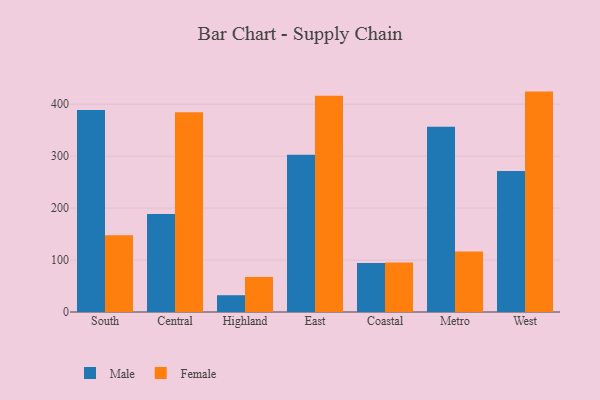
{"axis": {"x": "Region", "y": "Churn Rate (%)"}, "legend": ["Female", "Male"], "data": [{"x": "South", "y": 388.7, "type": "Male"}, {"x": "South", "y": 147.8, "type": "Female"}, {"x": "Central", "y": 188.4, "type": "Male"}, {"x": "Central", "y": 384.6, "type": "Female"}, {"x": "Highland", "y": 32.3, "type": "Male"}, {"x": "Highland", "y": 67.5, "type": "Female"}, {"x": "East", "y": 302.7, "type": "Male"}, {"x": "East", "y": 416.1, "type": "Female"}, {"x": "Coastal", "y": 94.5, "type": "Male"}, {"x": "Coastal", "y": 95.2, "type": "Female"}, {"x": "Metro", "y": 356.7, "type": "Male"}, {"x": "Metro", "y": 116.5, "type": "Female"}, {"x": "West", "y": 271.6, "type": "Male"}, {"x": "West", "y": 424.2, "type": "Female"}]}